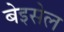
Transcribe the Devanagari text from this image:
बेइसेल